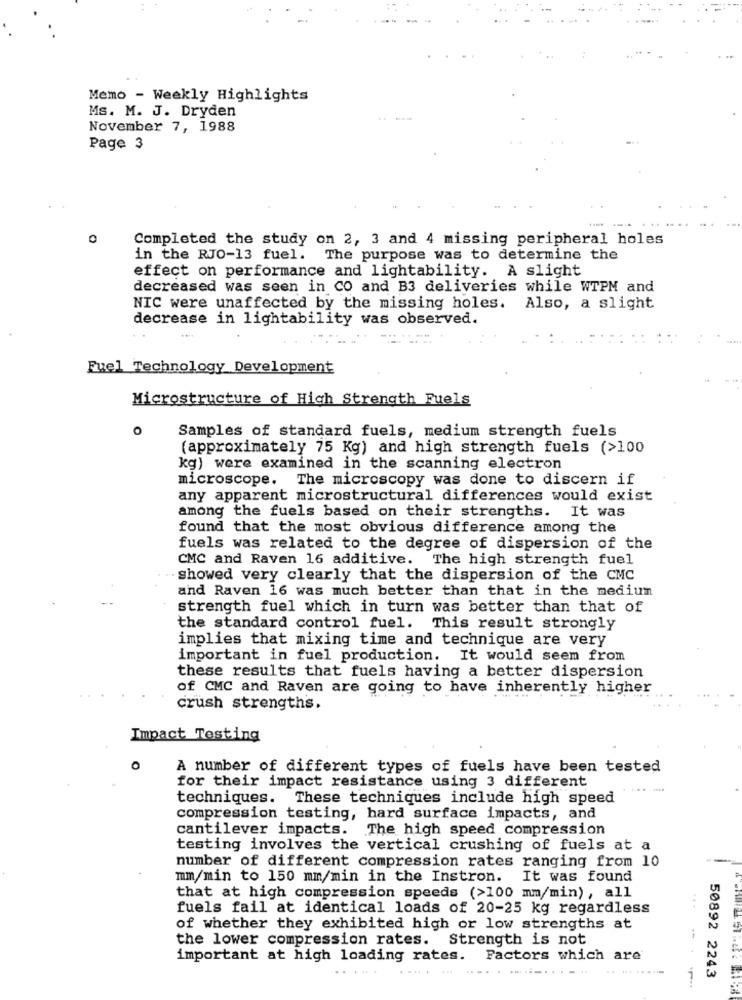
Memo - Weekly Highlights
Ms. M. J. Dryden
November 7, 1988
Page 3
.........
0
Completed the study on 2, 3 and 4 missing peripheral holes
in the RJO-13 fuel. The purpose was to determine the
effect on performance and lightability. A slight
decreased was seen in CO and B3 deliveries while WTPM and
NIC were unaffected by the missing holes. Also, a slight
decrease in lightability was observed.
Fuel Technology Development
Microstructure of High Strength Fuels
o
Samples of standard fuels, medium strength fuels
(approximately 75 Kg) and high strength fuels (>100
kg) were examined in the scanning electron
microscope. The microscopy was done to discern if
any apparent microstructural differences would exist
among the fuels based on their strengths. It was
found that the most obvious difference among the
fuels was related to the degree of dispersion of the
CMC and Raven 16 additive. The high strength fuel
. showed very clearly that the dispersion of the CMC
and Raven 16 was much better than that in the medium
strength fuel which in turn was better than that of
the standard control fuel. This result strongly
implies that mixing time and technique are very
important in fuel production. It would seem from
these results that fuels having a better dispersion
of CMC and Raven are going to have inherently higher
crush strengths.
Impact Testing
0
A number of different types of fuels have been tested
for their impact resistance using 3 different
techniques. These techniques include high speed
compression testing, hard surface impacts, and
cantilever impacts. The high speed compression
testing involves the vertical crushing of fuels at a
number of different compression rates ranging from 10
mm/min to 150 mm/min in the Instron.
It was found
that at high compression speeds (>100 mm/min), all
fuels fail at identical loads of 20-25 kg regardless
...
of whether they exhibited high or low strengths at
the lower compression rates. Strength is not
important at high loading rates.
Factors which are
.. ........
50892 2243